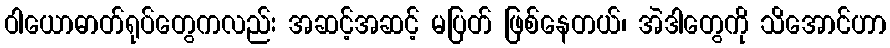
ဝါယောဓာတ်ရုပ်တွေကလည်း အဆင့်အဆင့် မပြတ် ဖြစ်နေတယ်၊ အဲဒါတွေကို သိအောင်ဟာ